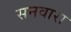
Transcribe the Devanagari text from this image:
सनवारा